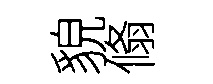
貌翛